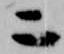
ニ